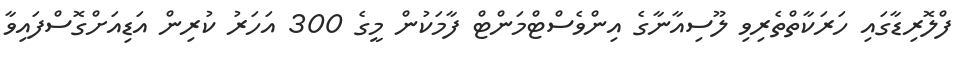
ފްލޮރިޑާގައި ހަރަކާތްތެރިވި ލޫސިއާނާގެ އިންވެސްޓްމަންޓް ފާމަކުން މީގެ 300 އަހަރު ކުރިން އަޑިއަށްގޮސްފައިވާ